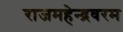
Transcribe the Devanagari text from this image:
राजमहेन्द्रवरम